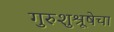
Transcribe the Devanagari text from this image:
गुरुशुश्रूषेचा